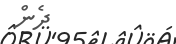
ދެން